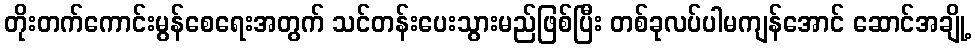
တိုးတက်ကောင်းမွန်စေရေးအတွက် သင်တန်းပေးသွားမည်ဖြစ်ပြီး တစ်ခုလပ်ပါမကျန်အောင် ဆောင်အချို့